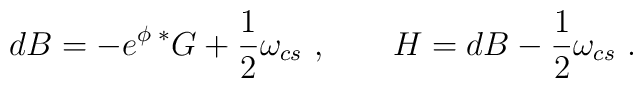
dB = -e^{\phi} {\,} {^*G} + \frac{1}{2} \omega_{cs} \ ,\qquad  H = dB - \frac{1}{2} \omega_{cs}\ .